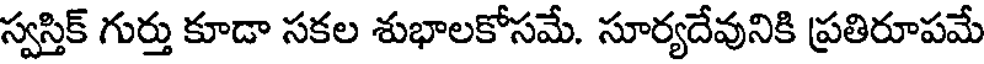
స్వస్తిక్ గుర్తు కూడా సకల శుభాలకోసమే. సూర్యదేవునికి ప్రతిరూపమే